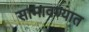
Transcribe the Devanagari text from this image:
सामावण्यात